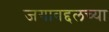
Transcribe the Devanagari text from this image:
जगाबद्दलच्या